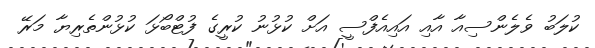
ކުލަބު ވެލެންސިއާ އާއި އައިއެފްސީ އަށް ކުޅުނު ކުރީގެ ފުޓްބޯޅަ ކުޅުންތެރިޔާ މަރޭ